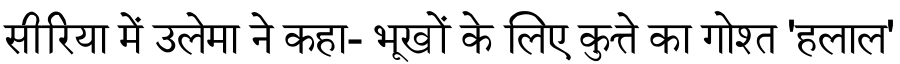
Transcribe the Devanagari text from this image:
सीरिया में उलेमा ने कहा- भूखों के लिए कुत्ते का गोश्त 'हलाल'